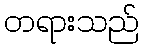
တရားသည်